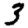
Digit: 3